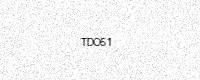
Text: TDO51